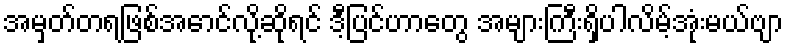
အမှတ်တရဖြစ်အောင်လို့ဆိုရင် ဒီ့ပြင်ဟာတွေ အများကြီးရှိပါလိမ့်အုံးမယ်ဗျာ